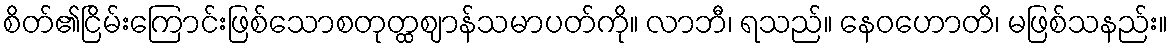
စိတ်၏ငြိမ်းကြောင်းဖြစ်သောစတုတ္ထဈာန်သမာပတ်ကို။ လာဘီ၊ ရသည်။ နေဝဟောတိ၊ မဖြစ်သနည်း။